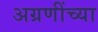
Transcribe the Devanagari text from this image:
अग्रणींच्या